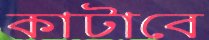
কাটাবে